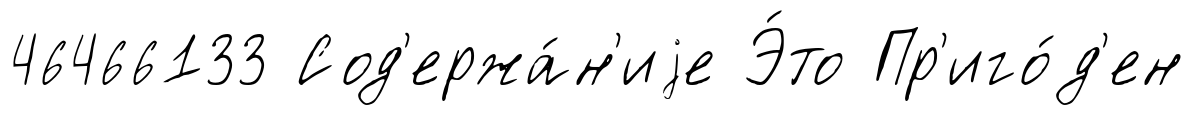
46466133 Сод'ержа́н'иjе Э́то Пр'иго́д'ен